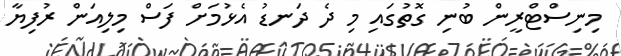
މިނިސްޓްރީން ބުނި ގޮތުގައި މި ދެ ދަނޑު އެޅުމަށް ފަސް މިލިއަން ރުފިޔާ